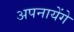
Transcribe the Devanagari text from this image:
अपनायेंगे